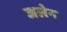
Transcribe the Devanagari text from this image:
जलेन